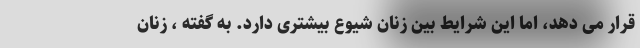
قرار می دهد، اما این شرایط بین زنان شیوع بیشتری دارد. به گفته ، زنان